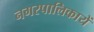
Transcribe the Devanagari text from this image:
नगरपालिकायें